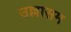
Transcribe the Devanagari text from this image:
उल्लासम